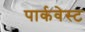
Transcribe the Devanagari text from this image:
पार्कवेस्ट